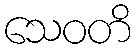
သေဝတိ